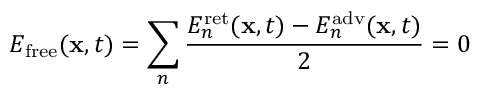
E _ { \mathrm { f r e e } } ( \mathbf { x } , t ) = \sum _ { n } { \frac { E _ { n } ^ { \mathrm { r e t } } ( \mathbf { x } , t ) - E _ { n } ^ { \mathrm { a d v } } ( \mathbf { x } , t ) } { 2 } } = 0